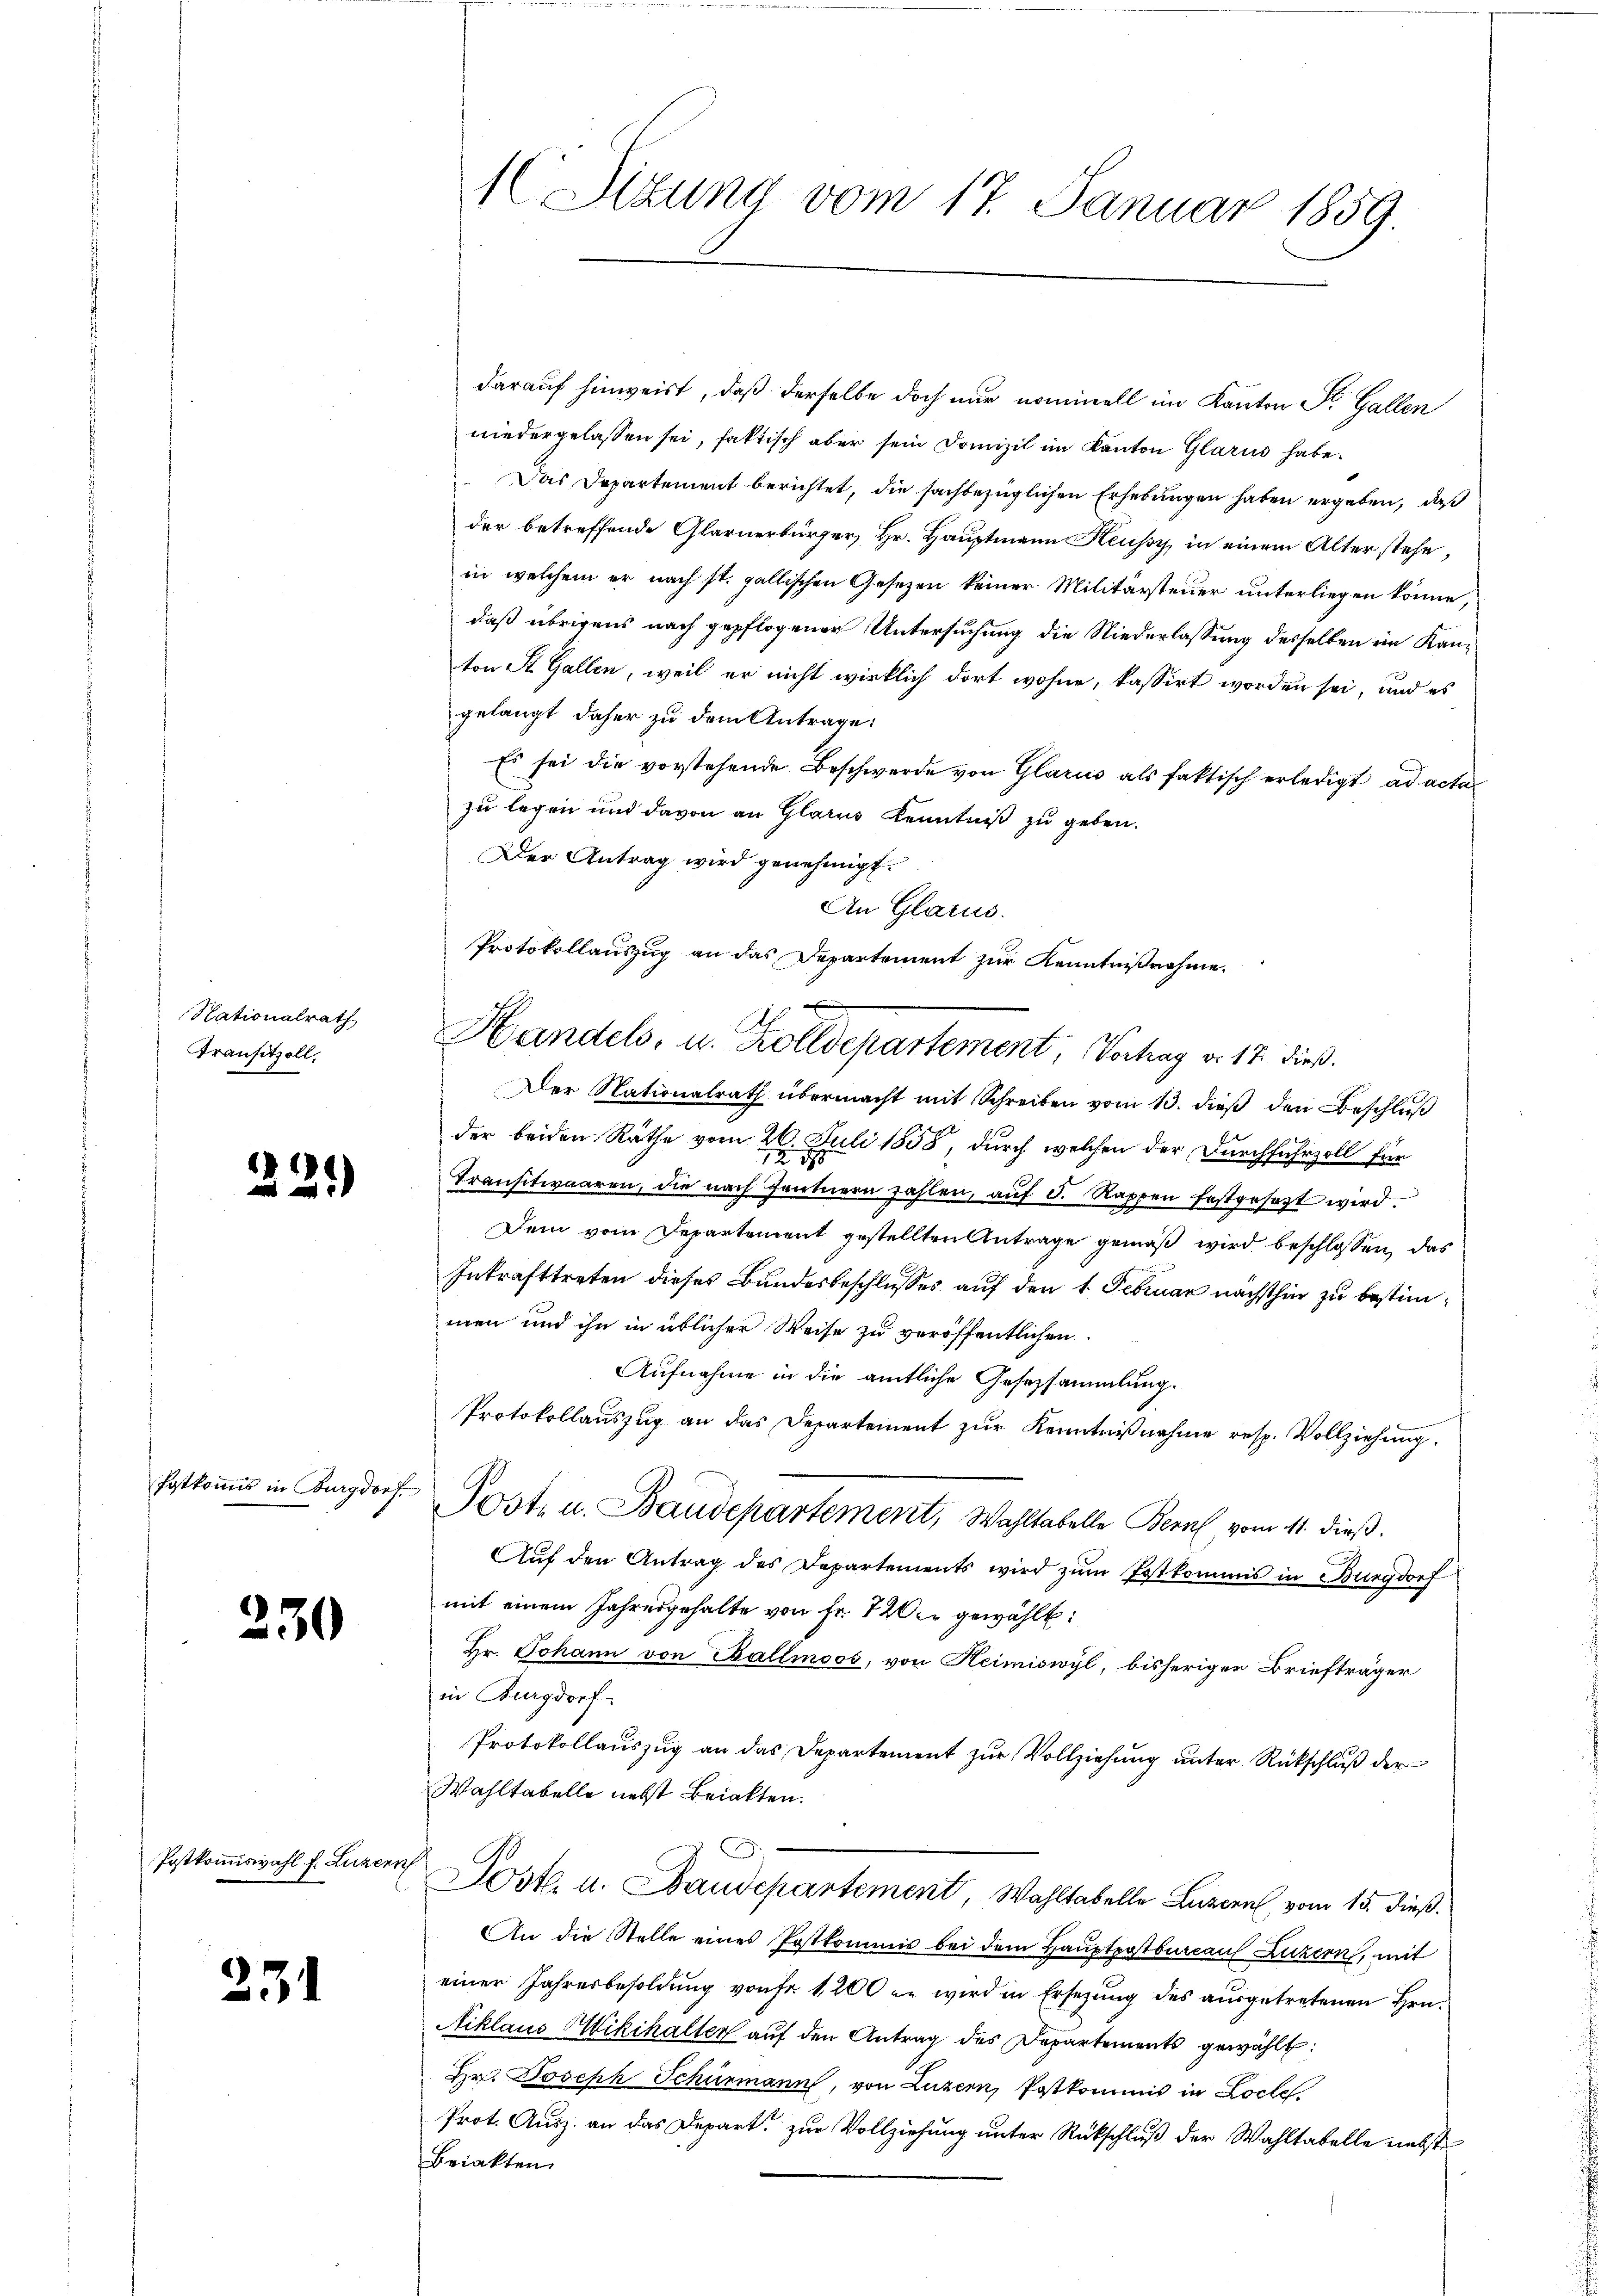
Nationalrath
Transitzoll.

2)

1

¬
)

Postkommis in Burgdorf

30

Postkommiswahl f. Luzer

231

1 Sizung vom 17. Januar 1859.

darauf hinweist, daß derselbe doch nur nominell im Kanton St. Gallen
niedergelassen sei, faktisch aber sein Domizil im Kanton Glarus habe.
Das Departement berichtet, die sachbezüglichen Erhebungen haben ergeben, daß
der betreffende Glarnerbürger, Hr. Hauptmann Keussy in einem Alter stehe,
in welchem er nach st. gallischen Gesetzen keiner Militärsteuer unterliegen könne,
daß übrigens nach gepflogener Untersuchung die Niederlassung desselben im Kanton St. Gallen, weil er nicht wirklich dort wohne, kassirt worden sei, und es
gelangt daher zu dem Antrage:
Es sei die vorstehende Beschwerde von Glarus als faktisch erledigt ad actazu legen und davon an Glarus Kenntniß zu geben.
Der Antrag wird genehmigt.
An Glarus.
Der Nationalrath übermacht mit Schreiben vom 13. dieβ den Beschluß
der beiden Räthe vom 26. Juli 1858, durch welchen der Durchfuhrzoll für
traŭstwaaren, die nach Zentnern zahlen, aŭf 5. Rappen festgesezt wird.
Dem vom Departement gestellten Antrage gemäß wird beschlossen, das
Inkrafttreten dieses Bundesbeschlusses auf den 1. Februar nachthin zu bestimmen und ihn in üblicher Weise zu veröffentlichen
Aufnahme in die amtliche Gesetzsammlung.
Protokollauszug an das Departement zur Kenntnißnahme resp. Vollziehung.
Post, u. Baudepartement, Wahltabelle Bern, vom 11. dieß.
Auf den Antrag des Departements wird zum Postkommis in Burgdorf
mit einem Jahresgehalte von Fr. 720 er gewählt:
Hr. Johann von Ballmoos, von Heimiswyl, bisheriger Briefträger
in Burgdorf
Protokollauszug an das Departement zur Vollziehung unter Rückschluß der
Wahltabelle nebst Beiakten.
Post u. Baudepartement, Wahltabelle Luzern, vom 15. dieß.
An die Stelle eines Postkommis bei dem Hauptpostbureaus Luzern, mit
einer Jahresbesoldŭng von fr. 1200 u. wird in Ersetzung des ausgetretenen Hrn.
Niklaus Hikihalter auf den Antrag des Departements gewählt:
Hr. Joseph Schurmann, von Luzern, Postkommis in Loche
Prot. Ausz. an das Depart, zur Vollziehung unter Rückschluß der Wahltabelle nebst
Beiakten.

Protokollauszug an das Departement zur Kenntnißnahme.
Handels, u. Zolldepartement, Vortrag v. 18. dieß.